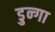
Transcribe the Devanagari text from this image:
डुन्गा